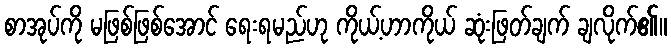
စာအုပ်ကို မဖြစ်ဖြစ်အောင် ရေးရမည်ဟု ကိုယ့်ဟာကိုယ် ဆုံးဖြတ်ချက် ချလိုက်၏။